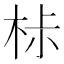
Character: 𣐹